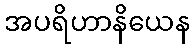
အပရိဟာနိယေန